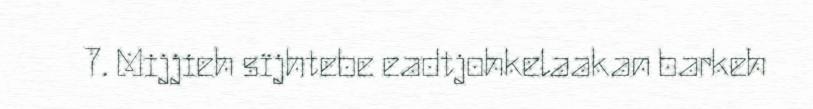
7. Mijjieh sïjhtebe eadtjohkelaakan barkeh